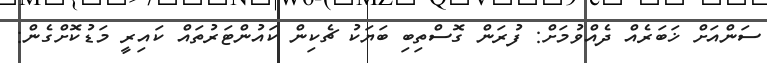
ސަންއަށް ޚަބަރެއް ދެއްވުމަށް: ފުރަން ގޮސްތިބި ބަޔަކު ޗެކިން ކައުންޓަރުތައް ކައިރީ މަޑުކޮށްގެން: